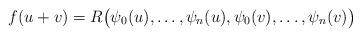
LaTeX: \begin{align*}f (u+v)=R \big(\psi _0(u),\ldots ,\psi _n(u),\psi _0(v),\ldots ,\psi _n(v)\big)\end{align*}